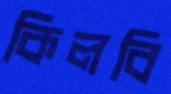
কিলবি